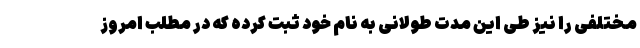
مختلفی را نیز طی این مدت طولانی به نام خود ثبت کرده که در مطلب امروز